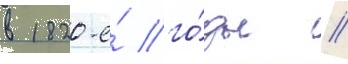
в 1820-е́ го́ды //